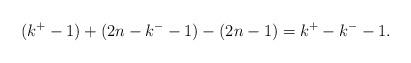
LaTeX: \begin{align*}(k^+ - 1) + (2n-k^- - 1) - (2n-1) = k^+ - k^- -1.\end{align*}